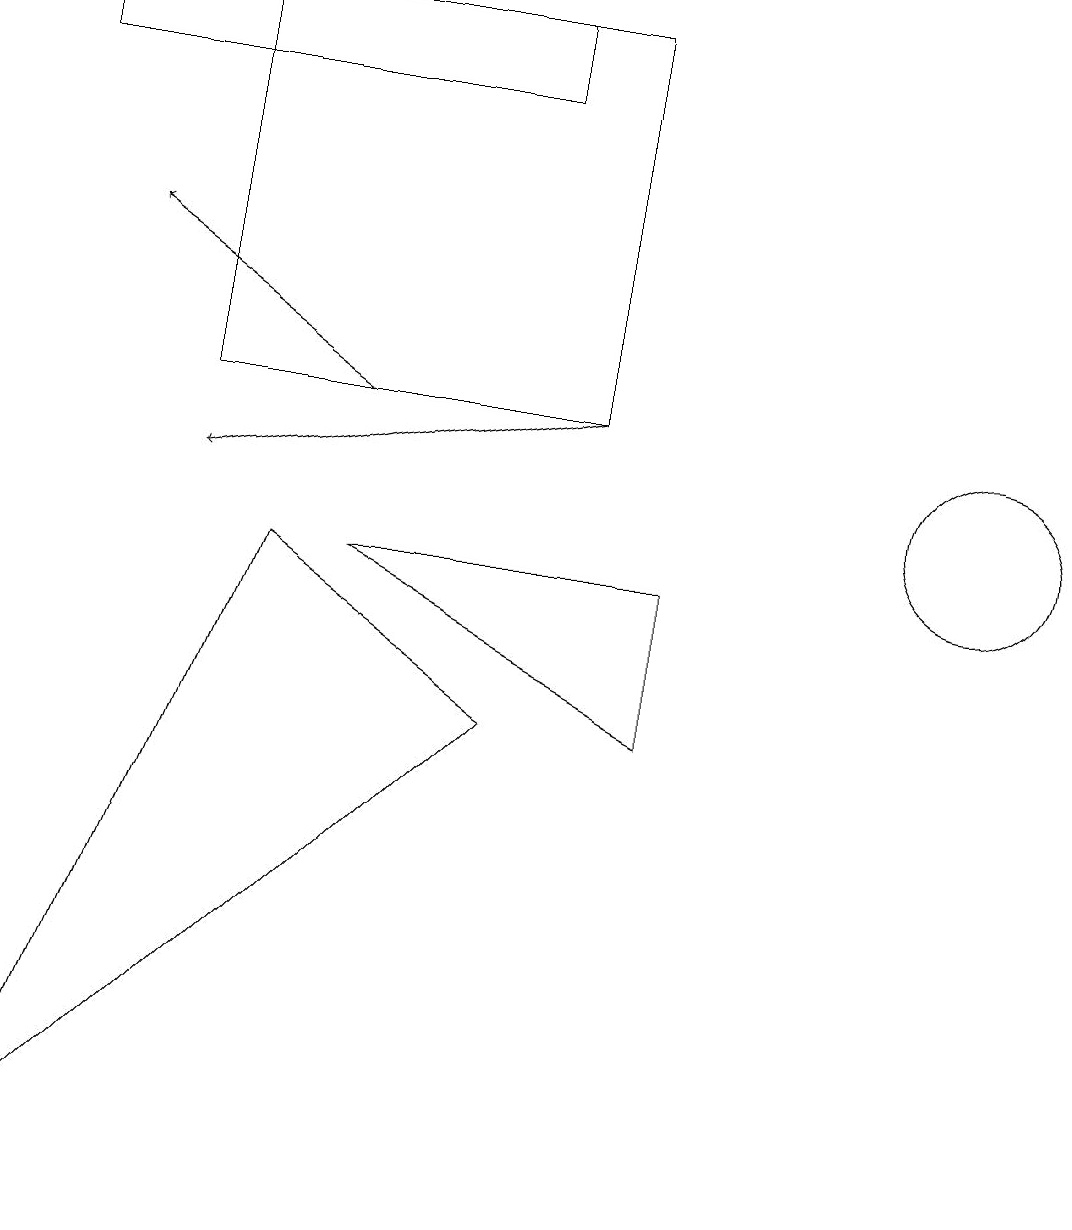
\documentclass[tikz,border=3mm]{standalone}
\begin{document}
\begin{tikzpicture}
\draw (2,11) rectangle (7,16);
\draw[->] (7,11) -- (2,10);
\draw (0,1) -- (3,9) -- (6,7) -- cycle;
\draw (6,16) rectangle (0,15);
\draw (4,9) -- (8,7) -- (8,9) -- cycle;
\draw[->] (4,11) -- (1,13);
\draw (12,10) circle (1);
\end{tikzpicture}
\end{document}